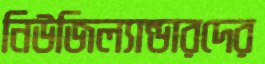
নিউজিল্যান্ডারদের